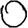
Digit: 0